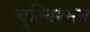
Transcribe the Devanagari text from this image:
चुल्यिश्मन